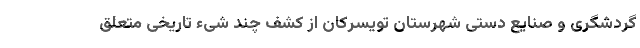
گردشگری و صنایع دستی شهرستان تویسرکان از کشف چند شیء تاریخی متعلق